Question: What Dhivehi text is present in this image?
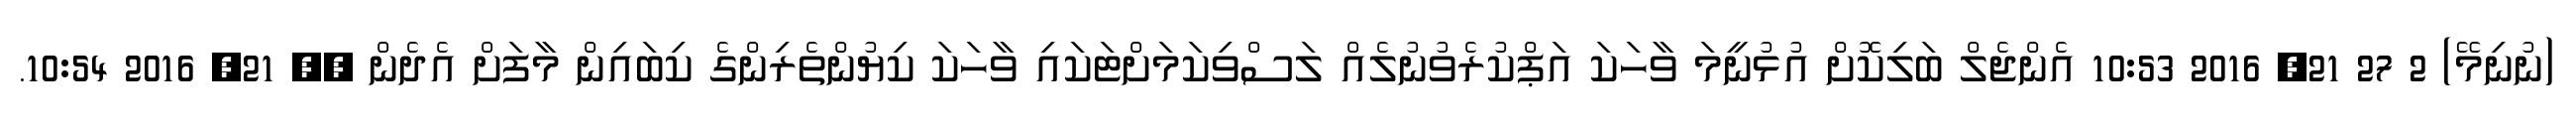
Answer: (ނުނިމޭ) 2 27 21, 2016 10:53 އެންޖެލް ބަލިކޮށް އުޅުނީމަ ވާހަކަ އަޕްކުރެވުނުލެއް ލަސްވިކަމަށްޓަކައި ވާހަކަ ކިޔުންތެރިންގެ ކިބައިން މާފަށް އެދެން ?? 21, 2016 10:54.